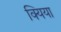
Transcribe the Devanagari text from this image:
क्यिया